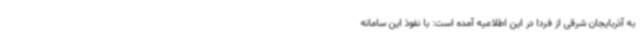
به آذربایجان شرقی از فردا در این اطلاعیه آمده است: با نفوذ این سامانه